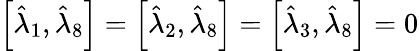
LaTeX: \begin{array}{r}{\left[\hat{\lambda}_{1},\hat{\lambda}_{8}\right]=\left[\hat{\lambda}_{2},\hat{\lambda}_{8}\right]=\left[\hat{\lambda}_{3},\hat{\lambda}_{8}\right]=0}\end{array}